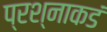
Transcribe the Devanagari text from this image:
प्रश्नाकडं